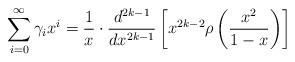
LaTeX: \begin{align*} \sum\limits_{i= 0}^\infty \gamma_i x^i = \frac{1}{x} \cdot \frac{d^{2k-1}}{dx^{2k-1}} \left[x^{2k-2} \rho\left( \frac{x^2}{1 - x} \right) \right]\end{align*}